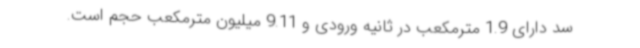
سد دارای 1.9 مترمکعب در ثانیه ورودی و 9.11 میلیون مترمکعب حجم است.